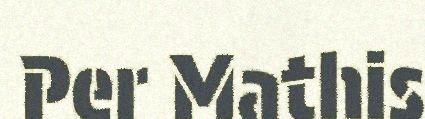
Per Mathis